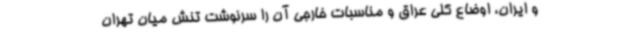
و ایران، اوضاع کلی عراق و مناسبات خارجی آن را سرنوشت تنش میان تهران